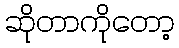
ဆိုတာကိုတော့